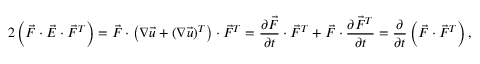
2 \left( \vec { F } \cdot \vec { E } \cdot \vec { F } ^ { T } \right) = \vec { F } \cdot \left( \boldsymbol { \nabla } \vec { u } + ( \boldsymbol { \nabla } \vec { u } ) ^ { T } \right) \cdot \vec { F } ^ { T } = \frac { \partial \vec { F } } { \partial t } \cdot \vec { F } ^ { T } + \vec { F } \cdot \frac { \partial \vec { F } ^ { T } } { \partial t } = \frac { \partial } { \partial t } \left( \vec { F } \cdot \vec { F } ^ { T } \right) ,